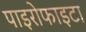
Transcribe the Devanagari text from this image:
पाइरोफाइटा